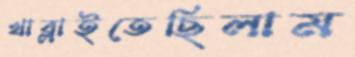
খাব্‌লাইতেছিলাম